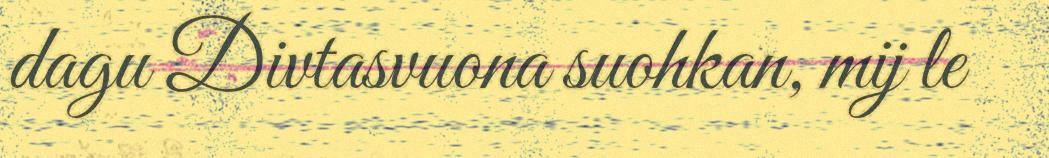
dagu Divtasvuona suohkan, mij le